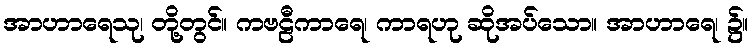
အာဟာရေသု၊ တို့တွင်။ ကဗဠီကာရေ၊ ကာရဟု ဆိုအပ်သော။ အာဟာရေ၊ ၌။